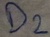
Text: D2